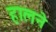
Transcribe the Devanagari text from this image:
हालने